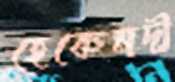
হেকেমদী